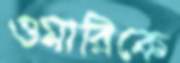
ওমারিকে